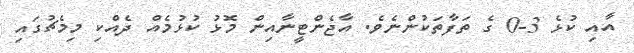
އާއި ކުޅެ 3-0 ގެ ތަފާތަކުންނެވެ. އާޖެންޓީނާއިން މޮޅު ކުޅުމެއް ދެއްކި މިމެޗުގައި